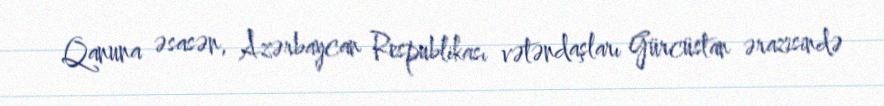
Qanuna əsasən, Azərbaycan Respublikası vətəndaşları Gürcüstan ərazisində